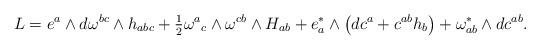
LaTeX: \begin{gather*}L=e^a\wedge d\omega^{bc}\wedge h_{abc}+\tfrac12 \omega^a{}_{c}\wedge \omega^{cb}\wedge H_{ab}+e^\ast_a\wedge \big(dc^a+c^{ab}h_b\big)+\omega^\ast_{ab}\wedge dc^{ab} .\end{gather*}